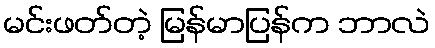
မင်းဖတ်တဲ့ မြန်မာပြန်က ဘာလဲ